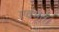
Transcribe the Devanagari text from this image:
एवंभूत।